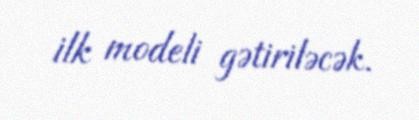
ilk modeli gətiriləcək.